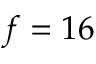
f = 1 6